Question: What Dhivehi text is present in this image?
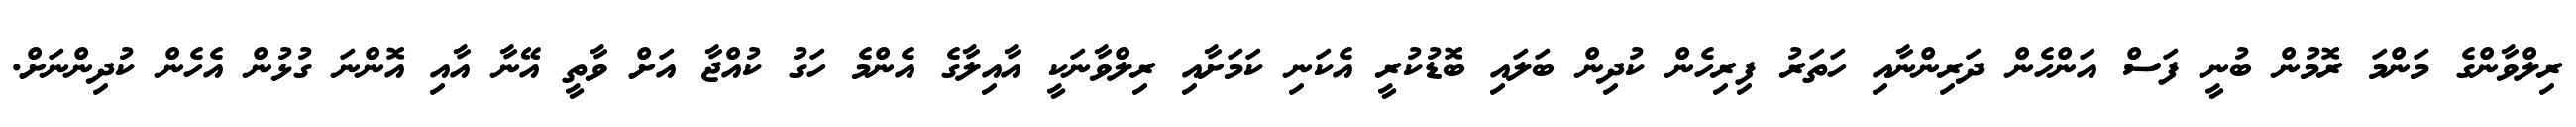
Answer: ރިލްވާންގެ މަންމަ ރޮމުން ބުނީ ފަސް އަންހެން ދަރިންނާއި ހަތަރު ފިރިހެން ކުދިން ބަލައި ބޮޑުކުރީ އެކަނި ކަމަށާއި ރިލްވާނަކީ އާއިލާގެ އެންމެ ހަގު ކުއްޖާ އަށް ވާތީ އޭނާ އާއި އޮންނަ ގުޅުން އެހެން ކުދިންނަށް.